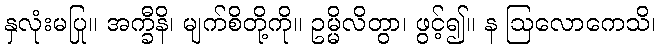
နှလုံးမပြု။ အက္ခီနိ၊ မျက်စိတို့ကို။ ဥမ္မိလိတွာ၊ ဖွင့်၍။ န ဩလောကေသိ၊